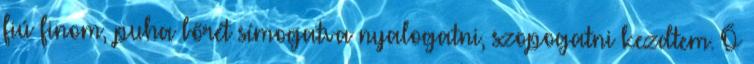
fiú finom, puha bőrét símogatva nyalogatni, szopogatni kezdtem. Ő